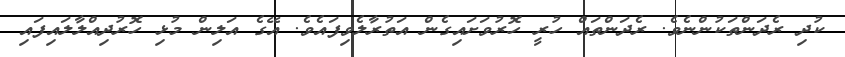
ކުދި ރެދަންތަކުންނެވެ. ރެދަންތައް ހުރީ ހޮރުވަށައިގެން އަތުރާލެވިފައެެވެ. އޭގެ އަލިން މުޅި ހޮރުދިއްލާލައިފައި